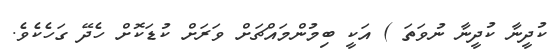
ކުދީނާ ކުދީނާ ނުވަތަ ) އަކީ ބިމުންމައްޗަށް ވަރަށް ކުޑަކޮށް ހެދޭ ގަހެކެވެ.